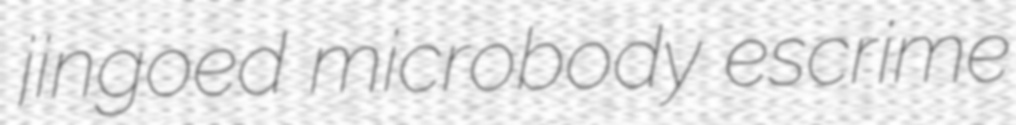
jingoed microbody escrime